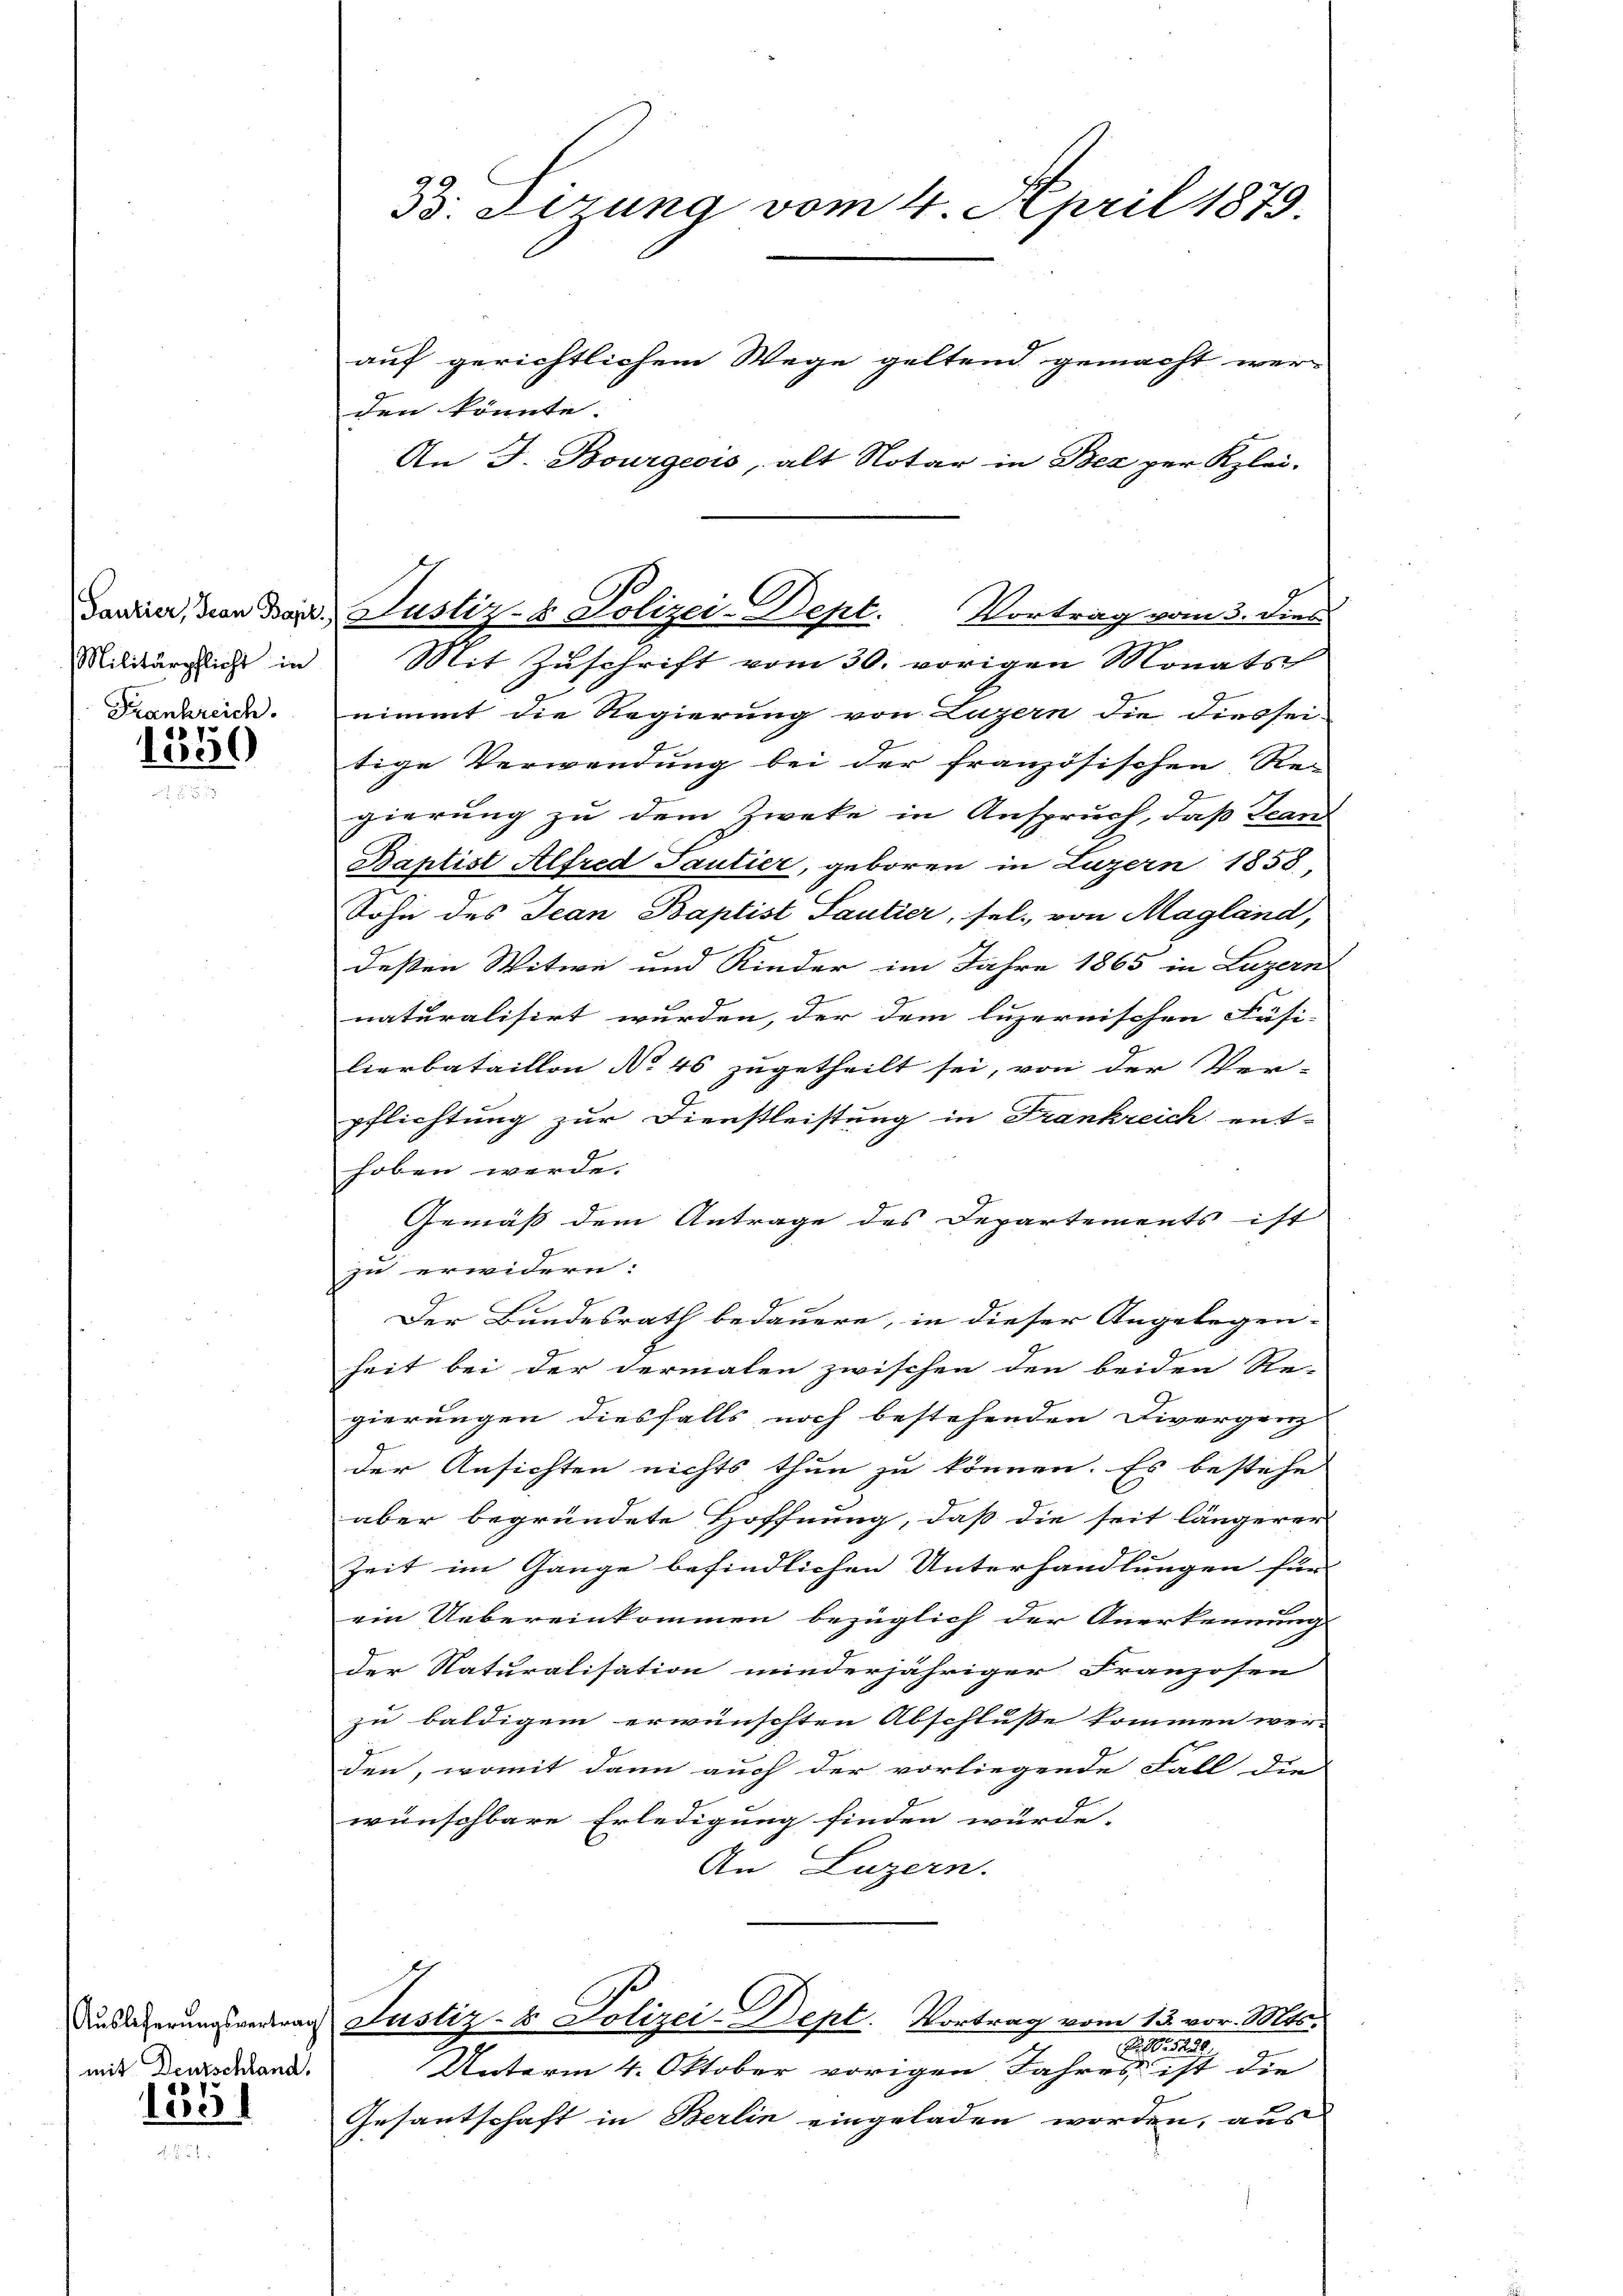
Militärpflicht in

Frankreich.
1350

Auslieferungsvertrag
mit Deutschland.
6

deres

B. Firung vom 4. April 1879.

den könnte.
An J. Bourgeois, alt Notar in Bea per Klei-
g
nimmt die Regierung von Luzern die diessei-
tige Verwendung bei der französischen Re- |
gierung zu dem Zweke in Anspruch, daß Jean
Baptist Alfred Tantier, geboren in Luzern 1858,
Sohn des Jean Baptist Santier, sel. von Magland,
deßen Witwe und Kinder im Jahre 1865 in Luzern
naturalisirt wurden, der dem luzernischen Fäsi-
lierbataillon No 46 zugetheilt sei, von der Ver-
pflichtung zur Dienstleistung in Frankreich ent-
hoben werde.
Gemäß dem Antrage des Departements ist
zu erwidern:
Der Bundesrath bedauere, in dieser Angelegen-
heit bei der dermalen zwischen den beiden Re-
gierungen diesfalls noch bestehenden Diverganz
der Ansichten nichts thun zu können. Es bestehe
aber begründete Hoffnung, daß die seit längerer
Zeit im Gange befindlichen Unterhandlungen für
ein Uebereinkommen bezüglich der Anerkennung
der Naturalisation minderjähriger Franzosen
zu baldigem erwünschten Abschluße kommen wer-
den, womit dann auch der vorliegende Fall die
wünschbare Erledigung finden würde.
An Luzern.
Justiz- & Polizei-Dept. Vortrag vom 13. vor. Mts.
R. sag
Unterm 4. Oktober vorigen Jahres ist die
Gesantschaft in Berlin eingeladen worden, aus

auf gerichtlichem Wege geltend gemacht wer-

Danier, von Bar. Justiz- & Polizei-Dept. Vortrag vom 3. dies
Mit Zŭschrift vom 30. vorigen Monats